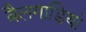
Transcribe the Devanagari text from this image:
बैलगाडियां